Annual report on the working of the lock hospitals in the Central Provinces
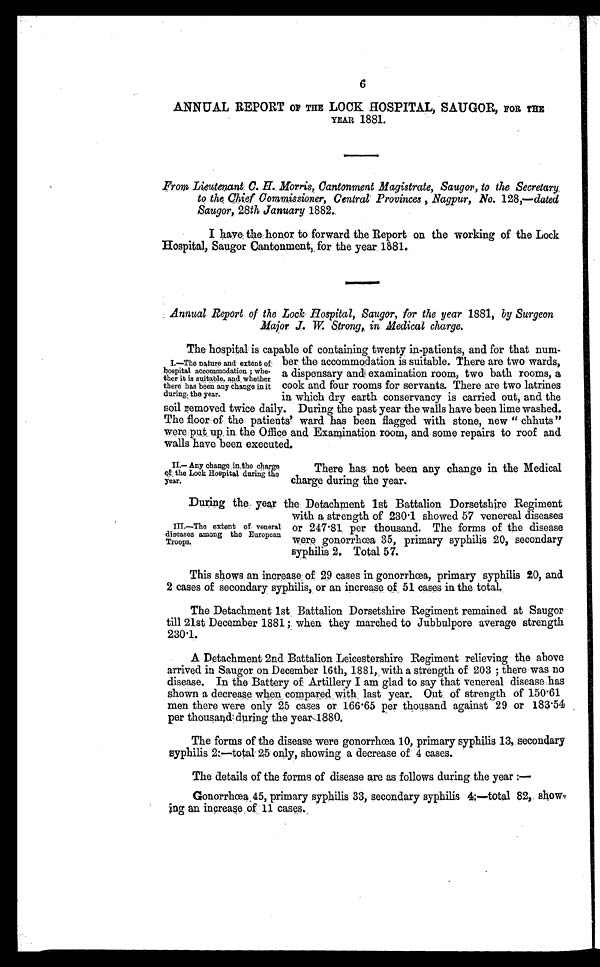
6
ANNUAL REPORT oF THE LOCK HOSPITAL, SAUGOR, FOR THE
YEAR 1881.
From Lieutenant C. H. Morris, Cantonment Magistrate, Saugor, to the Secretary
to the Chief Commissioner, Central Provinces , Nagpur, No. 128,—dated
Saugor, 28th January 1882.
I have the honor to forward the Report on the working of the Lock
Hospital, Saugor Cantonment, for the year 1881.
Annual Report of the Lock Hospital, Saugor, for the year 1881, by Surgeon
Major J. W. Strong, in Medical charge.
The hospital is capable of containing twenty in-patients, and for that num-
ber the accommodation is suitable. There are two wards,
a dispensary and examination room, two bath rooms, a
cook and four rooms for servants. There are two latrines
in which dry earth conservancy is carried out, and the
soil removed twice daily. During the past year the walls have been lime washed.
The floor of the patients' ward has been flagged with stone, new " chhuts "
were put up in the Office and Examination room, and some repairs to roof and
walls have been executed.
I.—The nature and extent of_
hospital accommodation ; whe-
ther it is suitable. and whether
there has been any change in it
during the year.
II.— Any change in the charge
of the Lock Hospital during the
year.
There has not been any change in the Medical
charge during the year.
During the year the Detachment 1st Battalion Dorsetshire Regiment
with a strength of 230.1 showed 57 venereal diseases
or 247.81 per thousand. The forms of the disease
were gonorrhœa 35, primary syphilis 20, secondary
syphilis 2. Total 57.
III.—The extent of veneral
diseases among the European
Troops.
This shows an increase of 29 cases in gonorrhœa, primary syphilis 20, and
2 cases of secondary syphilis, or an increase of 51 cases in the total.
The Detachment 1st Battalion Dorsetshire Regiment remained at Saugor
till 21st December 1881; when they marched to Jubbulpore average strength
230.1.
A Detachment 2nd Battalion Leicestershire Regiment relieving the above
arrived in Saugor on December 16th, 1881, with a strength of 203 ; there was no
disease. In the Battery of Artillery I am glad to say that venereal disease has
shown a decrease when compared with last year. Out of strength of 150.61
men there were only 25 cases or 166.65 per thousand against 29 or 183.54
per thousand during the year 1880.
The forms of the disease were gonorrhœa 10, primary syphilis 13, secondary
syphilis 2:—total 25 only, showing a decrease of 4 cases.
The details of the forms of disease are as follows during the year:—
Gonorrhœa 45, primary syphilis 33, secondary syphilis 4:—total 82, show
-ing an increase of 11 cases.